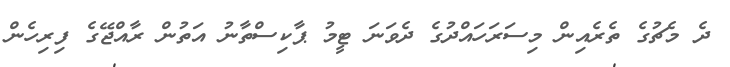
ދެ މެޗުގެ ތެރެއިން މިސަރަހައްދުގެ ދެވަނަ ޓީމު ޕާކިސްތާނު އަތުން ރާއްޖޭގެ ފިރިހެން